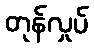
တုန်လှုပ်